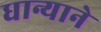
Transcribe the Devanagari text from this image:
धान्याने